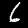
Label: 6